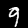
Digit: 9